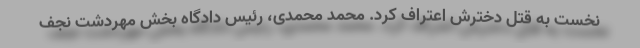
نخست به قتل دخترش اعتراف کرد. محمد محمدی، رئیس دادگاه بخش مهردشت نجف